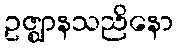
ဥဇ္ဈာနသညိနော